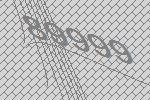
89999